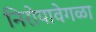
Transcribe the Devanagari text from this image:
निरोपावेगळा